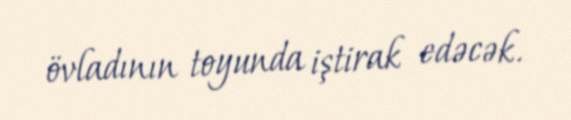
övladının toyunda iştirak edəcək.